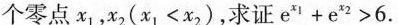
个零点x_{1|，x_{2|(x_{1|<x_{2|)，求证e^{x_{1|}+e^{x_{2|}>6.